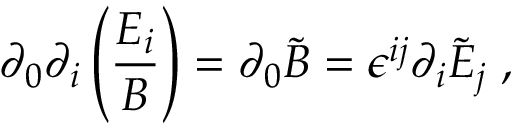
\partial _ { 0 } \partial _ { i } \left( \frac { E _ { i } } { B } \right) = \partial _ { 0 } \tilde { B } = \epsilon ^ { i j } \partial _ { i } \tilde { E } _ { j } \; ,